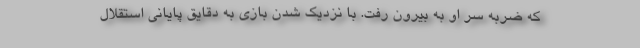
که ضربه سر او به بیرون رفت. با نزدیک شدن بازی به دقایق پایانی استقلال